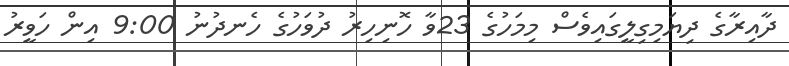
ދާއިރާގެ ދިޔަމިގިލީގައިވެސް މިމަހުގެ 23ވާ ހޮނިހިރު ދުވަހުގެ ހެނދުނު 9:00 އިން ހަވީރު